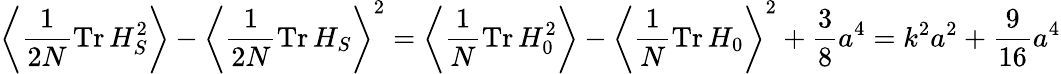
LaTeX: \left\langle\frac{1}{2N}\mathrm{Tr}\, H_{S}^{2}\right\rangle-\left\langle\frac{1}{2N}\mathrm{Tr}\, H_{S}\right\rangle^{2}=\left\langle\frac{1}{N}\mathrm{Tr}\, H_{0}^{2}\right\rangle-\left\langle\frac{1}{N}\mathrm{Tr}\, H_{0}\right\rangle^{2}+\frac{3}{8}a^{4}=k^{2}a^{2}+\frac{9}{16}a^{4}